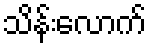
သိန်းလောက်